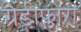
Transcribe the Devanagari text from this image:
ग्रैंडीफ्लोरा